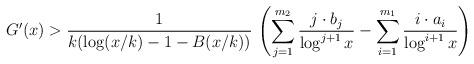
LaTeX: \begin{align*} G'(x) > \frac{1}{k(\log(x/k) - 1 - B(x/k))}\, \left( \sum_{j=1}^{m_2} \frac{j \cdot b_j}{\log^{j+1} x} - \sum_{i=1}^{m_1} \frac{i \cdot a_i}{\log^{i+1}x}\right)\end{align*}